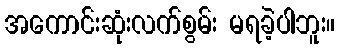
အကောင်းဆုံးလက်စွမ်း မရခဲ့ပါဘူး။